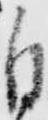
自